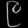
Digit: ၉